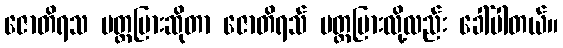
ဇောတိရသ ပတ္တမြားဆိုတာ ဇောတိရသ် ပတ္တမြားလို့လည်း ခေါ်ပါတယ်။